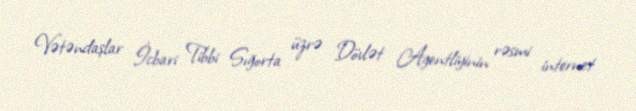
Vətəndaşlar İcbari Tibbi Sığorta üzrə Dövlət Agentliyinin rəsmi internet